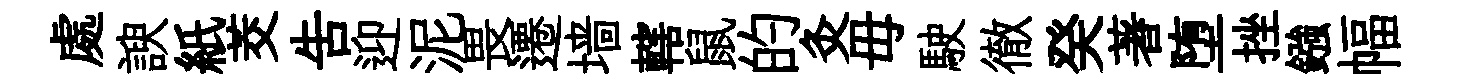
處諛紙茭告迎泥畏遷墙轄鼠的灸毋駛徹癸著堕挫鏹幅